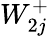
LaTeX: W_{2j}^{+}